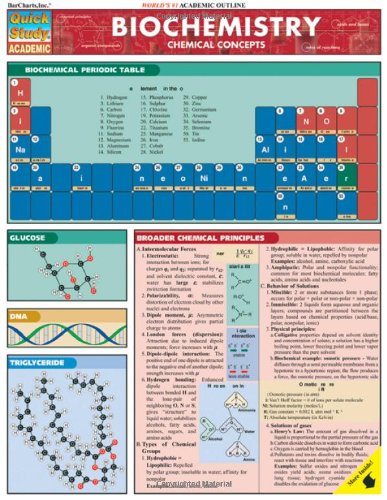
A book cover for Biochemistry (Quickstudy: Academic); Inc. BarCharts; Medical Books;